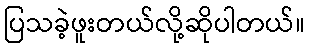
ပြသခဲ့ဖူးတယ်လို့ဆိုပါတယ်။